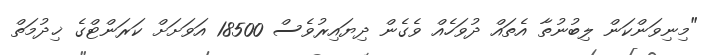
"މިނިވަންކަން ލިބުނުތާ އެތައް ދުވަހެއް ވެގެން ދިޔައިރުވެސް 18500 އަވަށަށް ކަރަންޓްގެ ޚިދުމަތް